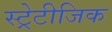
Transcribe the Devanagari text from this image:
स्ट्रेटीजिक